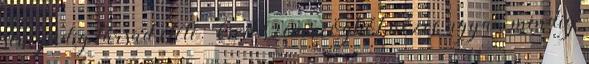
sem pedig társad élete. Civil szemszögből nézve ugyan mindig